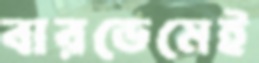
বারডেমেই